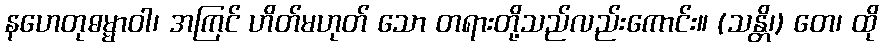
နဟေတုဓမ္မာဝါ၊ အကြင် ဟိတ်မဟုတ် သော တရားတို့သည်လည်းကောင်း။ (သန္တိ၊) တေ၊ ထို